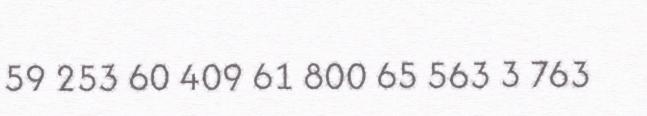
59 253 60 409 61 800 65 563 3 763